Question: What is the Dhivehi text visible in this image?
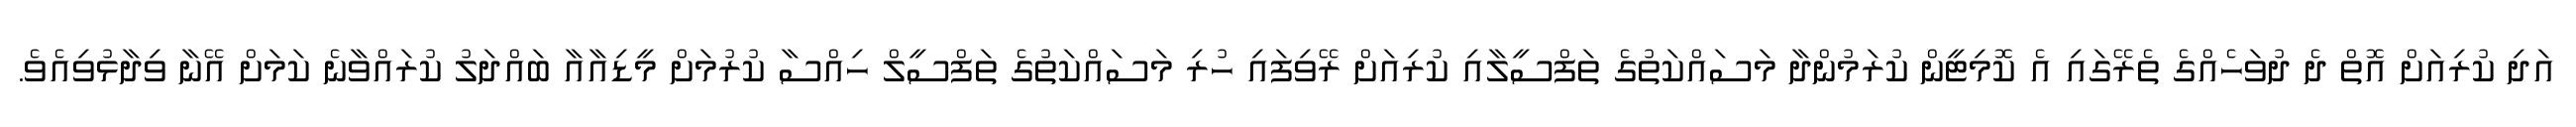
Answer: އަދި ކުރިއަށް އޮތް ދެ ދުވަހެއްގެ ތެރޭގައި އެ ކޮމިޓީން ކުރަމުންދާ މަސައްކަތުގެ ތަފްސީލާއި ކުރިއަށް ރޭވިފައި ހުރި މަސައްކަތުގެ ތަފްސީލް ހިއްސާ ކުރުމަށް މީޑިއާއާ ބައްދަލު ކުރައްވާނެ ކަމަށް އޭނާ ވިދާޅުވިއެވެ.